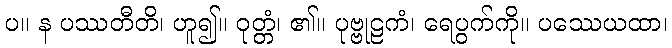
ပ။ န ပဿတီတိ၊ ဟူ၍။ ဝုတ္တံ၊ ၏။ ပုဗ္ဗုဠကံ၊ ရေပွက်ကို။ ပဿေယထာ၊